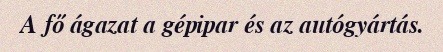
A fő ágazat a gépipar és az autógyártás.